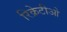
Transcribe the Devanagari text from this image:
रिक्रेटीओ